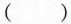
( )